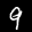
Label: 9